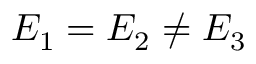
E _ { 1 } = E _ { 2 } \neq E _ { 3 }